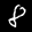
Label: 8